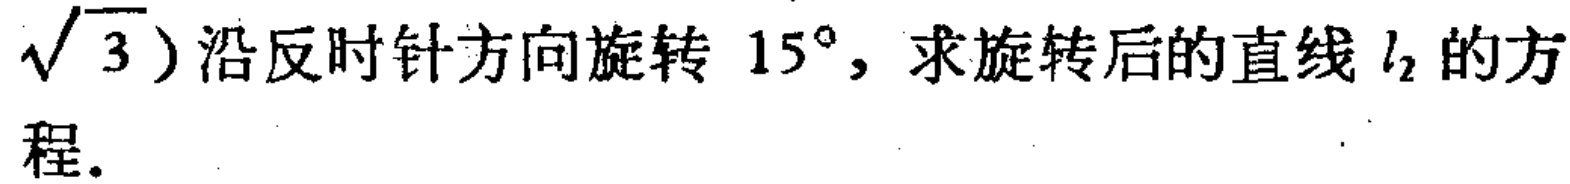
$\sqrt{3})$沿逆时针方向旋转$15^{\circ}$，求旋转后的直线$l_{2}$的方程.